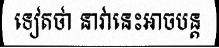
ទៀតថា នាវានេះអាចបន្ត